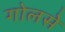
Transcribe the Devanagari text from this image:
गोलसे